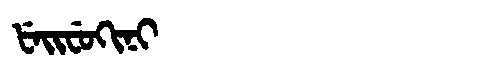
Manchu: ᡶᡝᡳᠸᡠᡴᡳᠨᡳ
Romanization: FEIFUKINI